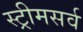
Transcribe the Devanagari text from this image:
स्ट्रीमसर्व